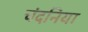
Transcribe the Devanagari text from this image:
चंदनिया